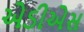
એડીએસ